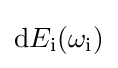
\mathrm {d} E_{\text{i}}(\omega _{\text{i}})